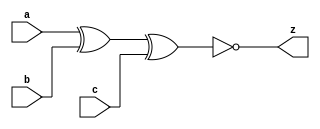
// This program was cloned from: https://github.com/aolofsson/oh
// License: MIT License

//#############################################################################
//# Function: 3-Input Exclusive-NOr Gate                                       #
//# Copyright: OH Project Authors. ALl rights Reserved.                       #
//# License:  MIT (see LICENSE file in OH repository)                         # 
//#############################################################################

module oh_xnor3 #(parameter DW = 1 ) // array width
   (
    input [DW-1:0]  a,
    input [DW-1:0]  b,
    input [DW-1:0]  c,
    output [DW-1:0] z
    );
   
   assign z =  ~(a ^ b ^ c);
   
endmodule